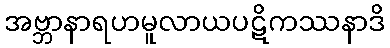
အဗ္ဘာနာရဟမူလာယပဋိကဿနာဒိ